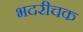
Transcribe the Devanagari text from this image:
भदरीचक